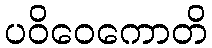
ပဝိဝေကောတိ